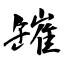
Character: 𦉎